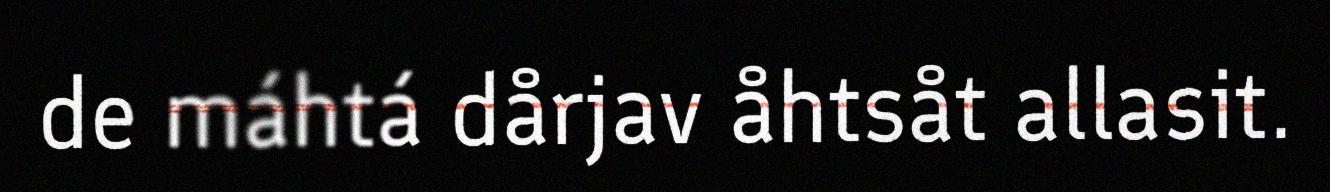
de máhtá dårjav åhtsåt allasit.